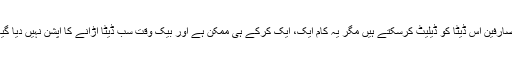
صارفین اس ڈیٹا کو ڈیلیٹ کرسکتے ہیں مگر یہ کام ایک، ایک کرکے ہی ممکن ہے اور بیک وقت سب ڈیٹا اڑانے کا آپشن نہیں دیا گیا۔